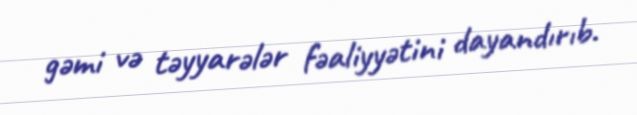
gəmi və təyyarələr fəaliyyətini dayandırıb.